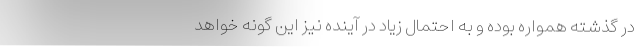
در گذشته همواره بوده و به احتمال زیاد در آینده نیز این گونه خواهد